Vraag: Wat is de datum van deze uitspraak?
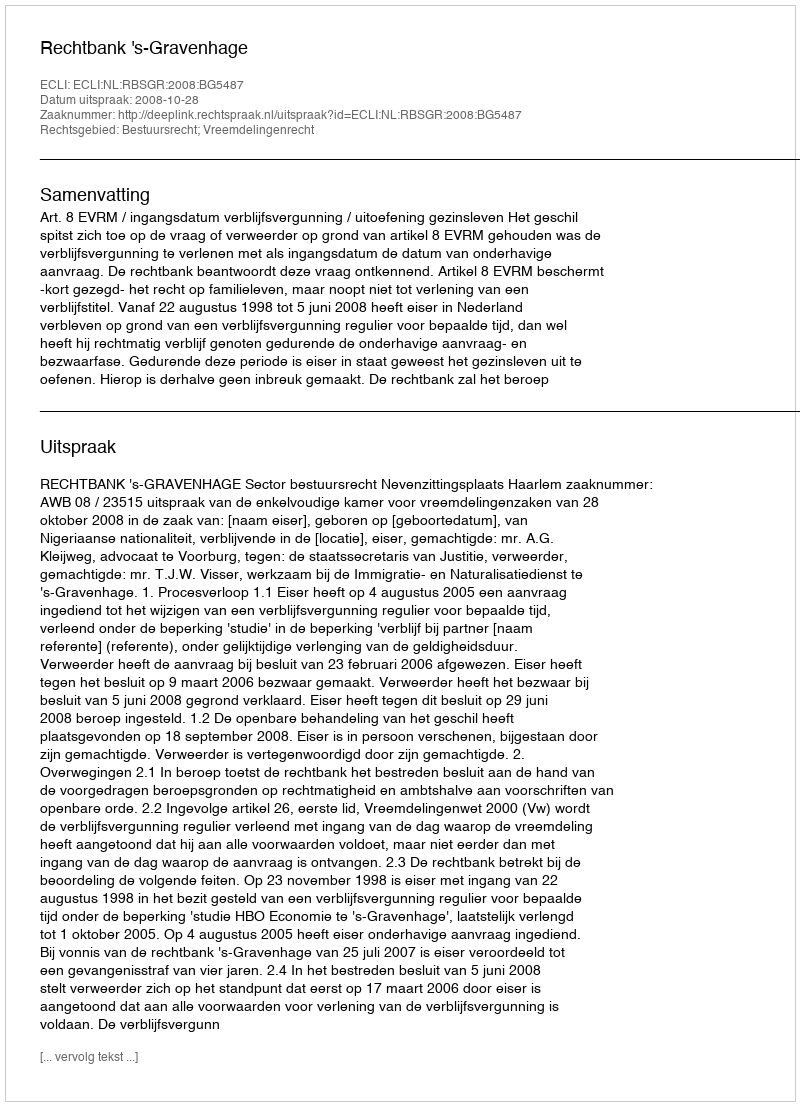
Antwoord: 2008-10-28